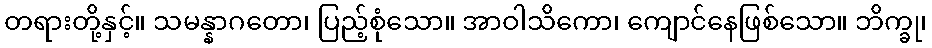
တရားတို့နှင့်။ သမန္နာဂတော၊ ပြည့်စုံသော။ အာဝါသိကော၊ ကျောင်နေဖြစ်သော။ ဘိက္ခု၊